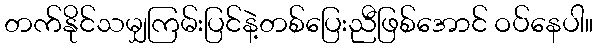
တက်နိုင်သမျှကြမ်းပြင်နဲ့တစ်ပြေးညီဖြစ်အောင် ဝပ်နေပါ။